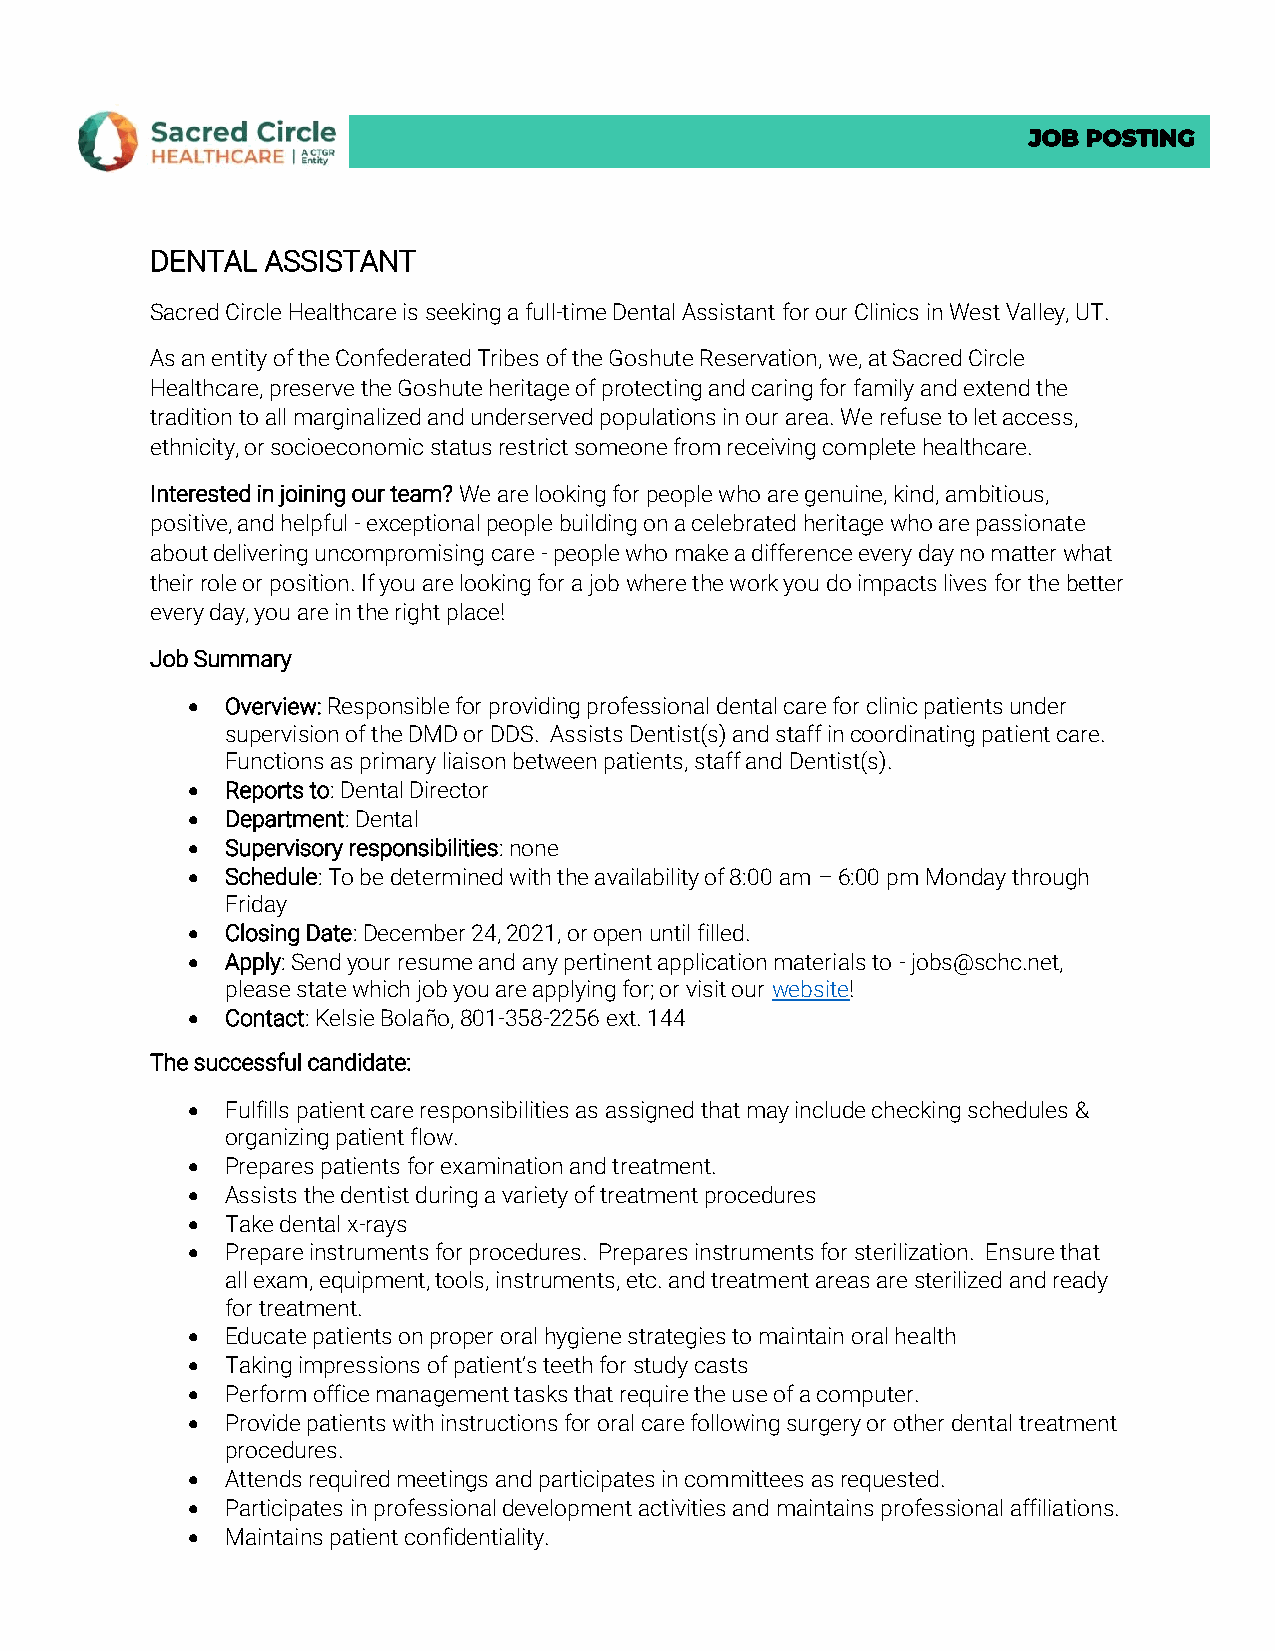
JOB POSTING
 DENTAL  ASSISTANT
 Sacred Circle Healthcare is seeking a full-time Dental Assistant for our Clinics in West Valley, UT.
 As an entity of the Confederated Tribes of the Goshute Reservation, we, at Sacred Circle
 Healthcare, preserve the Goshute heritage of protecting and caring for family and extend the
 tradition to all marginalized and underserved populations in our area. We refuse to let access,
 ethnicity, or socioeconomic status restrict someone from receiving complete healthcare.
 Interested in joining our team? We are looking for people who are genuine, kind, ambitious,
 positive, and helpful - exceptional people building on a celebrated heritage who are passionate
 about delivering uncompromising care - people who make a difference every day no matter what
 their role or position. If you are looking for a job where the work you do impacts lives for the better
 every day, you are in the right place!
 Job Summary
 •  Overview: Responsible for providing professional dental care for clinic patients under
 supervision of the DMD or DDS. Assists Dentist(s) and staff in coordinating patient care.
 Functions as primary liaison between patients, staff and Dentist(s).
 •  Reports to: Dental Director
 •  Department: Dental
 •  Supervisory responsibilities: none
 •  Schedule: To be determined with the availability of 8:00 am – 6:00 pm Monday through
 Friday
 •  Closing Date: December 24, 2021, or open until filled.
 •  Apply: Send your resume and any pertinent application materials to - jobs@schc.net,
 please state which job you are applying for; or visit our website!
 •  Contact: Kelsie Bolaño, 801-358-2256 ext. 144
 The successful candidate:
 •  Fulfills patient care responsibilities as assigned that may include checking schedules &
 organizing patient flow.
 •  Prepares patients for examination and treatment.
 •  Assists the dentist during a variety of treatment procedures
 •  Take dental x-rays
 •  Prepare instruments for procedures. Prepares instruments for sterilization. Ensure that
 all exam, equipment, tools, instruments, etc. and treatment areas are sterilized and ready
 for treatment.
 •  Educate patients on proper oral hygiene strategies to maintain oral health
 •  Taking impressions of patient’s teeth for study casts
 •  Perform office management tasks that require the use of a computer.
 •  Provide patients with instructions for oral care following surgery or other dental treatment
 procedures.
 •  Attends required meetings and participates in committees as requested.
 •  Participates in professional development activities and maintains professional affiliations.
 •  Maintains patient confidentiality.